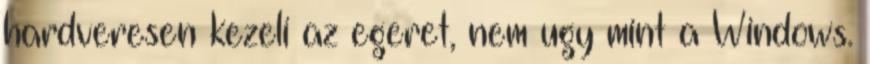
hardveresen kezeli az egeret, nem ugy mint a Windows.